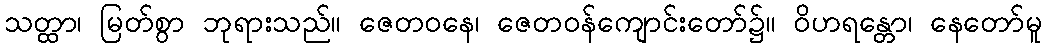
သတ္ထာ၊ မြတ်စွာ ဘုရားသည်။ ဇေတဝနေ၊ ဇေတဝန်ကျောင်းတော်၌။ ဝိဟရန္တော၊ နေတော်မူ